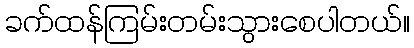
ခက်ထန်ကြမ်းတမ်းသွားစေပါတယ်။